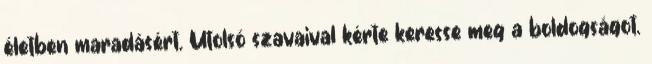
életben maradásért. Utolsó szavaival kérte keresse meg a boldogságot.